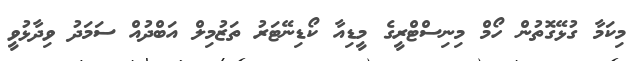
މިކަމާ ގުޅޭގޮތުން ހޯމް މިނިސްޓްރީގެ މީޑިއާ ކޯޑިނޭޓަރު ތަޒުމިލް އަބްދުއް ސަމަދު ވިދާޅުވީ